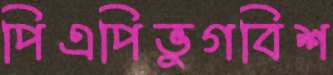
পিএপিভুগবিশ